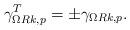
LaTeX: \begin{align*}\gamma_{\Omega Rk,p}^T=\pm \gamma_{\Omega Rk,p}.\end{align*}